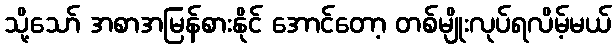
သို့သော် အစာအမြန်စားနိုင် အောင်တော့ တစ်မျိုးလုပ်ရလိမ့်မယ်